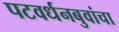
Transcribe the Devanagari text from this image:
पटवर्धनबुवांचा